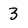
Character: 3